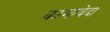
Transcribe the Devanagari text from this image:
कामावेदा